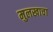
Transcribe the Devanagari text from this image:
मुलखाचा